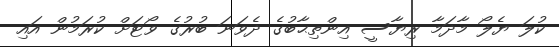
ކުލަ ޔެލޯ މާދަމާ ރިޔާސީ އިންތިޙާބުގެ ދެވަނަ ބުރުގެ ވޯޓަށް ކުރަމުން އައި